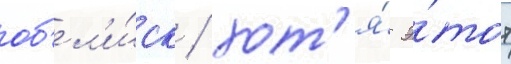
об'ел'и́ск / хот'я́ э́тот